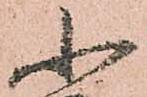
小